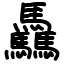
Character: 驫